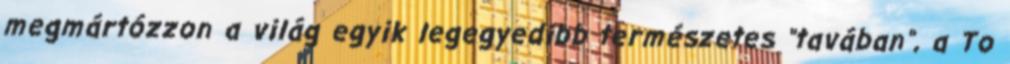
megmártózzon a világ egyik legegyedibb természetes "tavában", a To